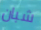
شبان